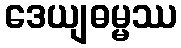
ဒေယျဓမ္မဿ